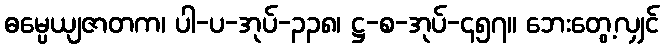
ဓမ္ပေယျဇာတက၊ ပါ-ပ-အုပ်-၃၃၈၊ ဋ္ဌ-စ-အုပ်-၄၅၇။ ဘေးတွေ့လျှင်